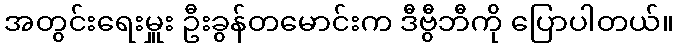
အတွင်းရေးမှူး ဦးခွန်တမောင်းက ဒီဗွီဘီကို ပြောပါတယ်။